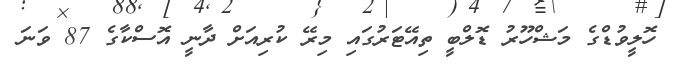
ހޮލީވުޑްގެ މަޝްހޫރު ޑޮލްބީ ތިއޭޓަރުގައި މިރޭ ކުރިއަށް ދާނީ އޮސްކާގެ 87 ވަނަ